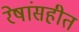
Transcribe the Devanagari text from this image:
रेषांसहीत